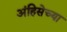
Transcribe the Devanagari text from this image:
अंहिसेच्या